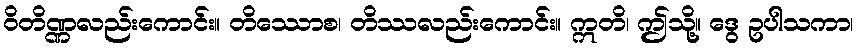
ဝိတိဏ္ဏလည်းကောင်း။ တိဿောစ၊ တိဿလည်းကောင်း။ ဣတိ၊ ဤသို့။ ဒွေ ဥပါသကာ၊